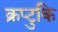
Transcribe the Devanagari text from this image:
क्रप्टुकि